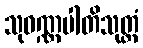
သုဝဏ္ဏပါတိသုတ္တံ